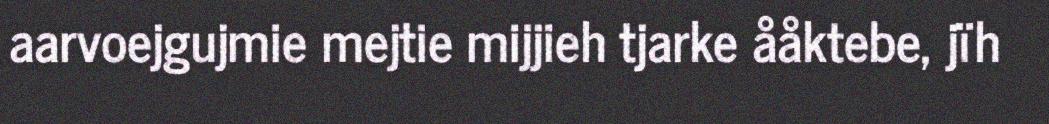
aarvoejgujmie mejtie mijjieh tjarke ååktebe, jïh